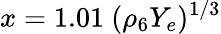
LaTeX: x=1.01\ (\rho_{6}Y_{e})^{1/3}